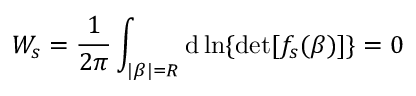
W _ { s } = \frac { 1 } { 2 \pi } \int _ { | \beta | = R } \mathrm { d } \ln \{ \operatorname* { d e t } [ f _ { s } ( \beta ) ] \} = 0